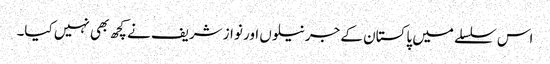
اس سلسلے میں پاکستان کے جرنیلوں اور نوازشریف نے کچھ بھی نہیں کیا۔